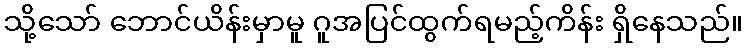
သို့သော် ဘောင်ယိန်းမှာမူ ဂူအပြင်ထွက်ရမည့်ကိန်း ရှိနေသည်။